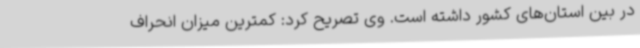
در بین استان‌های کشور داشته است. وی تصریح کرد: کمترین میزان انحراف